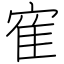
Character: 寉